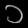
Digit: ၁